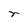
Character: r